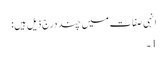
انہی صفات میں چند درج ذیل ہیں:
1۔